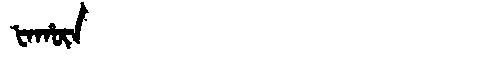
Manchu: ᡶᠠᡥᡡᠨ
Romanization: FAHŪN